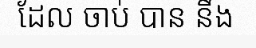
ដែល ចាប់ បាន នឹង